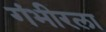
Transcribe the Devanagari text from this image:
गंभीरला